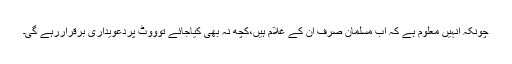
چونکہ انہیں معلوم ہے کہ اب مسلمان صرف ان کے غلام ہیں،کچھ نہ بھی کیاجائے توووٹ پردعویداری برقراررہے گی۔